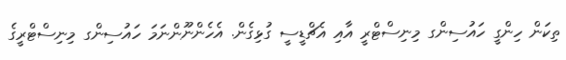
ތިކަން ހިންގީ ހައުސިންގ މިނިސްޓްރީ އާއި އެޗްޑީސީ ގުޅިގެން. އެހެންނޫންނަމަ ހައުސިންގ މިނިސްޓްރީގެ